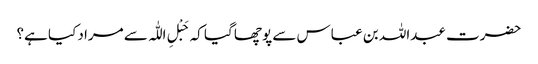
حضرت عبداللہ بن عباس سے پوچھا گیا کہ حَبْلِ اللّٰہ سے مراد کیا ہے؟